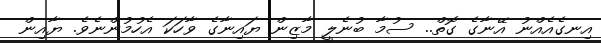
އިނގެއެއްނު އޭނާގެ ގޮތް.. ސުމާ ބުނެލީ މާޒިން ޔައިނާގެ ވާހަކަ އެހުމުންނެވެ. ޔާއިން